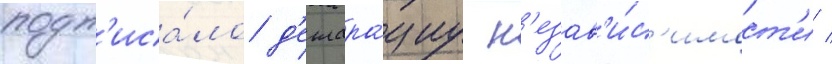
подп'иса́ло д'еклара́циу н'езав'и́с'имост'и /